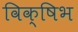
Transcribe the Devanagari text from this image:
विक्षिभ